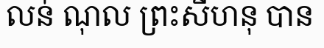
លន់ ណុល ព្រះសីហនុ បាន